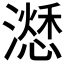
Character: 𣿜